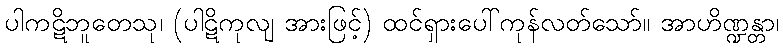
ပါကဋိဘူတေသု၊ (ပါဋိကုလျ အားဖြင့်) ထင်ရှားပေါ်ကုန်လတ်သော်။ အာဟိဏ္ဍန္တာ၊